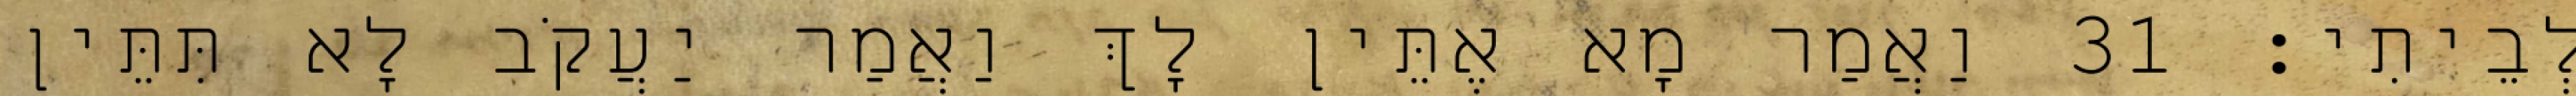
לְבֵיתִי׃ 31 וַאֲמַר מָא אֶתֵּין לָךְ וַאֲמַר יַעֲקֹב לָא תִּתֵּין